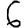
Digit: 6